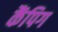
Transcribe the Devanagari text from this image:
कैंपिग